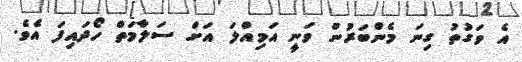
އެ ވަގުތު ގިނަ މެންބަރުން ވަނީ އަމިއްލަ އަށް ސަލާމަތް ހޯދައިފަ އެވެ.